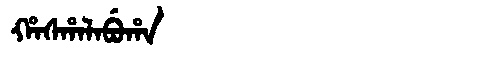
Manchu: ᡥᠠᠰᡥᠠᠯᠠᠪᡠᡥᠠ
Romanization: HASHALABUHA